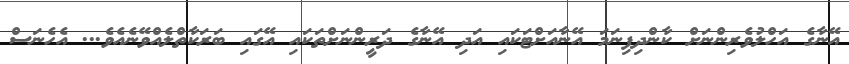
އޭނާގެ އަހްލުވެރިންނަށް ކާންދިފިނަމަ އޭނާއަށްޓަކައި އަދި އޭނާގެ ދަރީންނަށްތަކައި އޭގައި ބަރަކާތްލެއްވޭނެއެވެ... އެހެނަސް